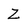
Character: Z